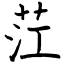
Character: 茳